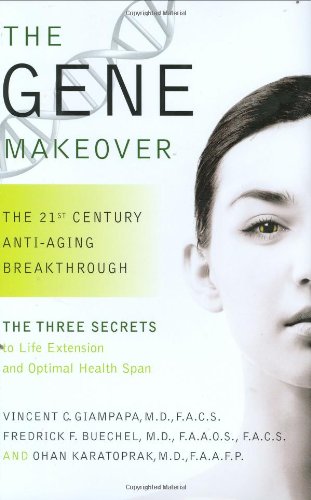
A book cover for The Gene Makeover: The 21st Century Anti-Aging Breakthrough; Vincent C. Giampapa; Health, Fitness & Dieting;